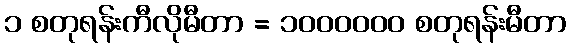
၁ စတုရန်းကီလိုမီတာ = ၁၀၀၀၀၀၀ စတုရန်းမီတာ